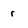
Character: r